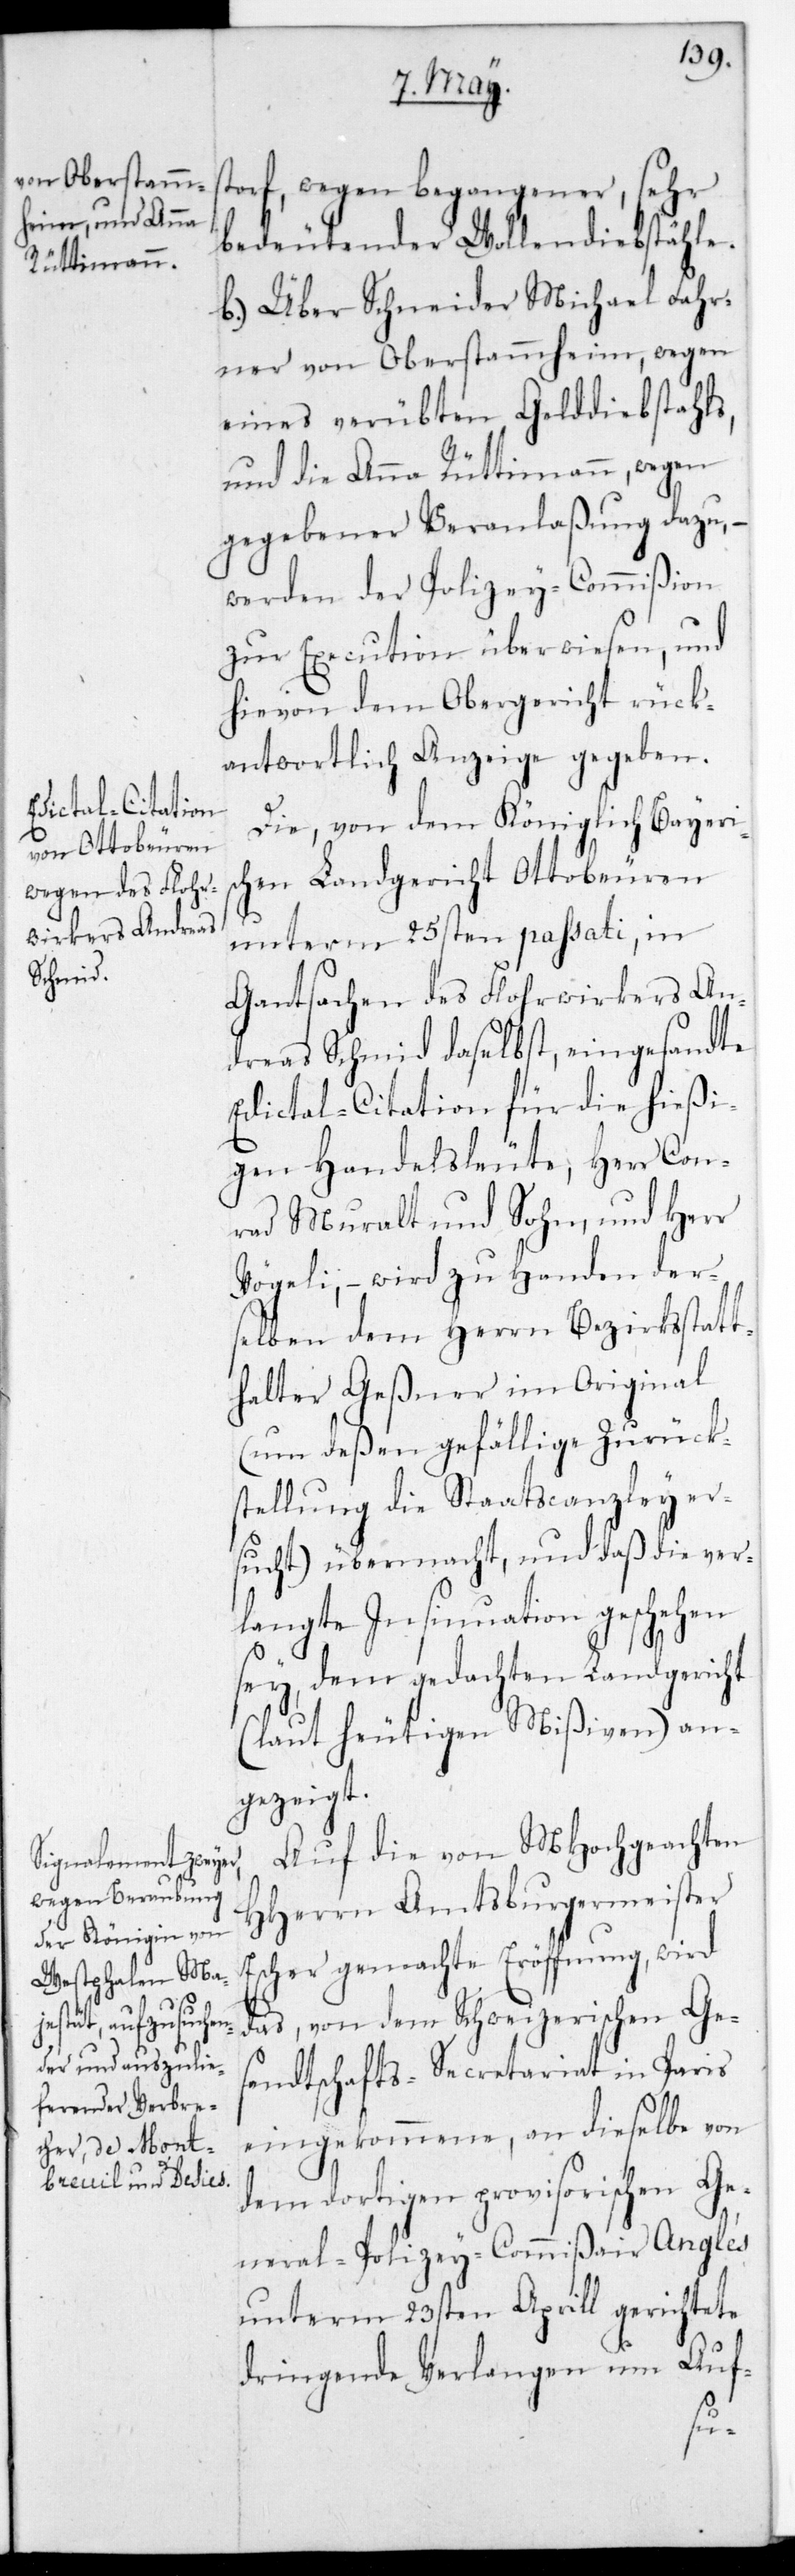
torf, wegen begangener sehr
bedeutender Wollendiebstähle.
b. Über Schneider Michael Fahr¬
ner von Oberstammheim, wegen
eines verübten Gelddiebstahls,
und die Anna Rüttimann, wegen
gegebener Veranlaßung dazu, –
werden der Polizey-Commißion
zur Execution überwiesen, und
hievon dem Obergericht rück¬
antwortlich Anzeige gegeben.
Die von dem Königlich-Bayeris¬
chen Landgericht Ottobeuren
unterm 25sten passati, in
Gantsachen des Flohrwirkers An¬
dreas Schmid daselbst, eingesandte
Edictal-Citation für die hießi¬
gen Handelsleute, Herr Con¬
rad Muralt und Sohn, und Herr
Vögeli, – wird zu Handen der¬
selben dem Herrn Bezirksstatt¬
halter Geßner im Original
(um deßen gefällige Zurück¬
stellung die Staatscanzley er¬
sucht) übermacht, und daß die ver¬
langte Insinuation geschehen
sey, dem gedachten Landgericht
(laut heutigen Mißiven) an¬
gezeigt.
Auf die von MHochgeachten
HHerrn Amtsburgermeister
cher gemachte Eröffnung, wird
das von dem Schweizerischen Ges¬
andtschafts-Secretariat in Paris
eingekommene, an dieselbe von
dem dortigen provisorischen Ge¬
neral-Polizey-Commißair Anglés
unterm 23sten Aprill gerichtete
dringende Verlangen um Auf-
Es¬